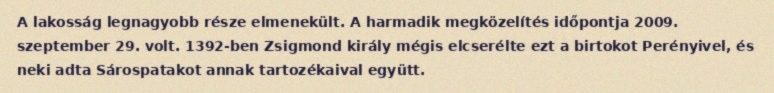
A lakosság legnagyobb része elmenekült. A harmadik megközelítés időpontja 2009. szeptember 29. volt. 1392-ben Zsigmond király mégis elcserélte ezt a birtokot Perényivel, és neki adta Sárospatakot annak tartozékaival együtt.